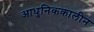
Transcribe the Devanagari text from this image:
आधुनिककालीन